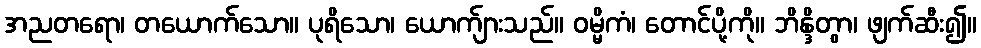
အညတရော၊ တယောက်သော။ ပုရိသော၊ ယောက်ျားသည်။ ဝမ္မိကံ၊ တောင်ပို့ကို။ ဘိန္ဒိတွာ၊ ဖျက်ဆီး၍။